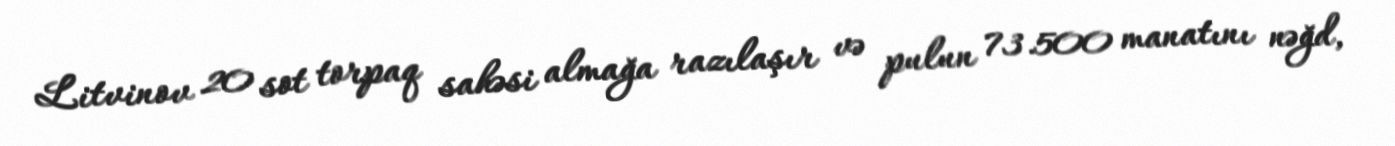
Litvinov 20 sot torpaq sahəsi almağa razılaşır və pulun 73.500 manatını nəğd,